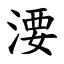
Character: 㴗